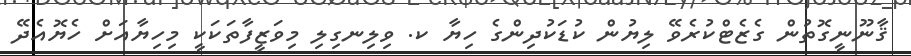
ޤާނޫނީގޮތުން ގެޒެޓްކުރެވޭ ލިޔުން ކުޑަކުދިންގެ ހިޔާ ކ. ވިލިނގިލި މިވަޒީފާތަކަކީ މިހިޔާއަށް ހެޔޮއެދޭ